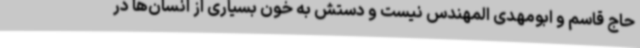
حاج قاسم و ابومهدی المهندس نیست و دستش به خون بسیاری از انسان‌ها در